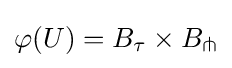
\varphi (U)=B_{\tau }\times B_{\pitchfork }